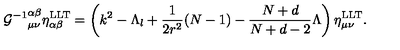
{ { \cal G } ^ { - 1 } } _ { \mu \nu } ^ { \alpha \beta } \eta _ { \alpha \beta } ^ { \mathrm { L L T } } = \left( k ^ { 2 } - \Lambda _ { l } + \frac { 1 } { 2 r ^ { 2 } } ( N - 1 ) - \frac { N + d } { N + d - 2 } \Lambda \right) \eta _ { \mu \nu } ^ { \mathrm { L L T } } .